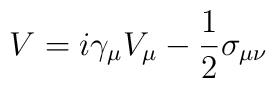
V = i \gamma_{\mu} V_{\mu} -\frac{1}{2}   \sigma_{\mu \nu}